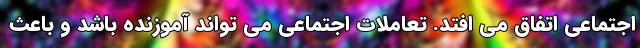
اجتماعی اتفاق می افتد. تعاملات اجتماعی می تواند آموزنده باشد و باعث